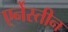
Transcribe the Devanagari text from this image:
एर्नेस्तीन